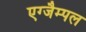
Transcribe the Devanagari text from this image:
एग्जैम्पल